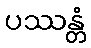
ပဿန္တံ